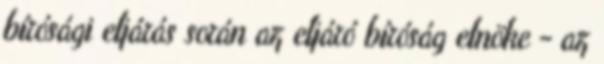
bírósági eljárás során az eljáró bíróság elnöke - az